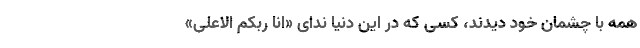
همه با چشمان خود دیدند، کسی که در این دنیا ندای «انا ربکم الاعلی»